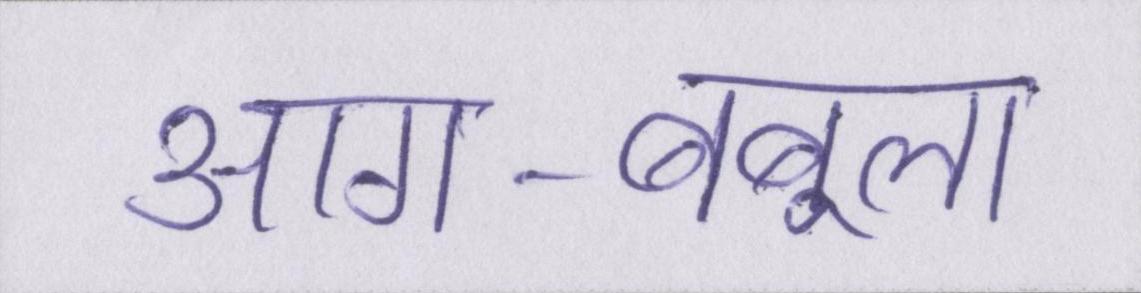
आग-बबूला